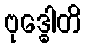
ဗုဒ္ဓေါတိ